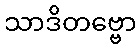
သာဒိတဗ္ဗော